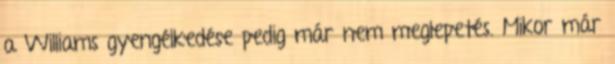
a Williams gyengélkedése pedig már nem meglepetés. Mikor már